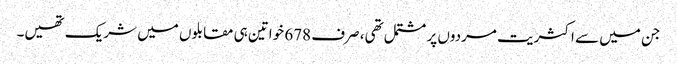
جن میں سے اکثریت مردوں پر مشتمل تھی، صرف 678 خواتین ہی مقابلوں میں شریک تھیں۔